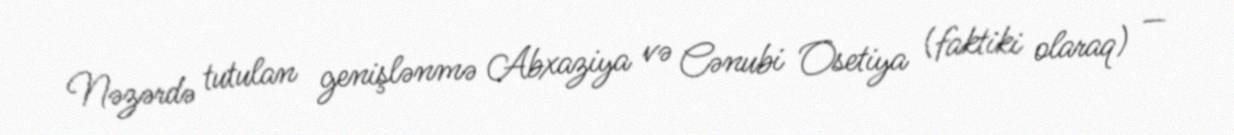
Nəzərdə tutulan genişlənmə Abxaziya və Cənubi Osetiya (faktiki olaraq) —